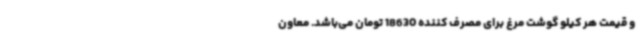
و قیمت هر کیلو گوشت مرغ برای مصرف کننده 18630 تومان می‌باشد. معاون